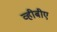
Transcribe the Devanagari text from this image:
व्हीबीए